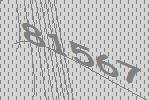
81567